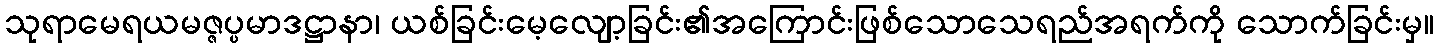
သုရာမေရယမဇ္ဇပ္ပမာဒဋ္ဌာနာ၊ ယစ်ခြင်းမေ့လျော့ခြင်း၏အကြောင်းဖြစ်သောသေရည်အရက်ကို သောက်ခြင်းမှ။